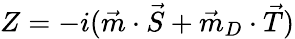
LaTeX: Z=-i(\vec{m}\cdot\vec{S}+\vec{m}_{D}\cdot\vec{T})